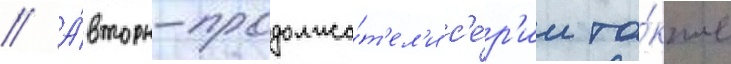
// А́вторы-продолжа́т'ел'и с'е́р'ии та́кже